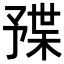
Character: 𣖦